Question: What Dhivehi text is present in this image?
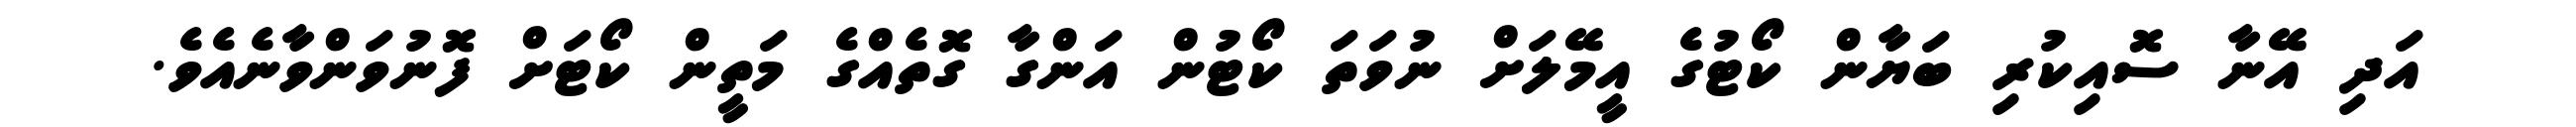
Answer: އަދި އޭނާ ސޮއިކުރި ބަޔާން ކޯޓުގެ އީމޭލަށް ނުވަތަ ކޯޓުން އަންގާ ގޮތެއްގެ މަތީން ކޯޓަށް ފޮނުވަންވާނެއެވެ.